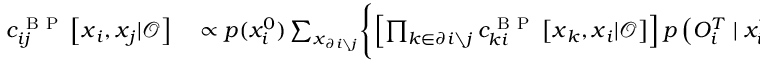
\begin{array} { r l } { c _ { i j } ^ { \mathrm { ~ B ~ P ~ } } \left[ \boldsymbol { x } _ { i } , \boldsymbol { x } _ { j } | \boldsymbol { \mathcal { O } } \right] } & { { } \propto p ( x _ { i } ^ { 0 } ) \sum _ { \boldsymbol { x } _ { \partial i \setminus j } } \Biggl \{ \left[ \prod _ { k \in \partial i \setminus j } c _ { k i } ^ { \mathrm { ~ B ~ P ~ } } \left[ \boldsymbol { x } _ { k } , \boldsymbol { x } _ { i } | \boldsymbol { \mathcal { O } } \right] \right] p \left( { O } _ { i } ^ { T } \mid x _ { i } ^ { T } \right) } \end{array}